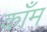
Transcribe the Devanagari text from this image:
काँम